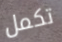
تكمل